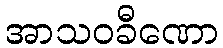
အာသဝခီဏော